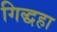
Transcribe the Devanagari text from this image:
गिद्धहा